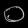
Digit: ၀